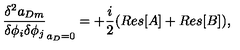
\frac { \delta ^ { 2 } a _ { D m } } { \delta \phi _ { i } \delta \phi _ { j } } _ { a _ { D } = 0 } = + \frac { i } { 2 } ( R e s [ A ] + R e s [ B ] ) ,